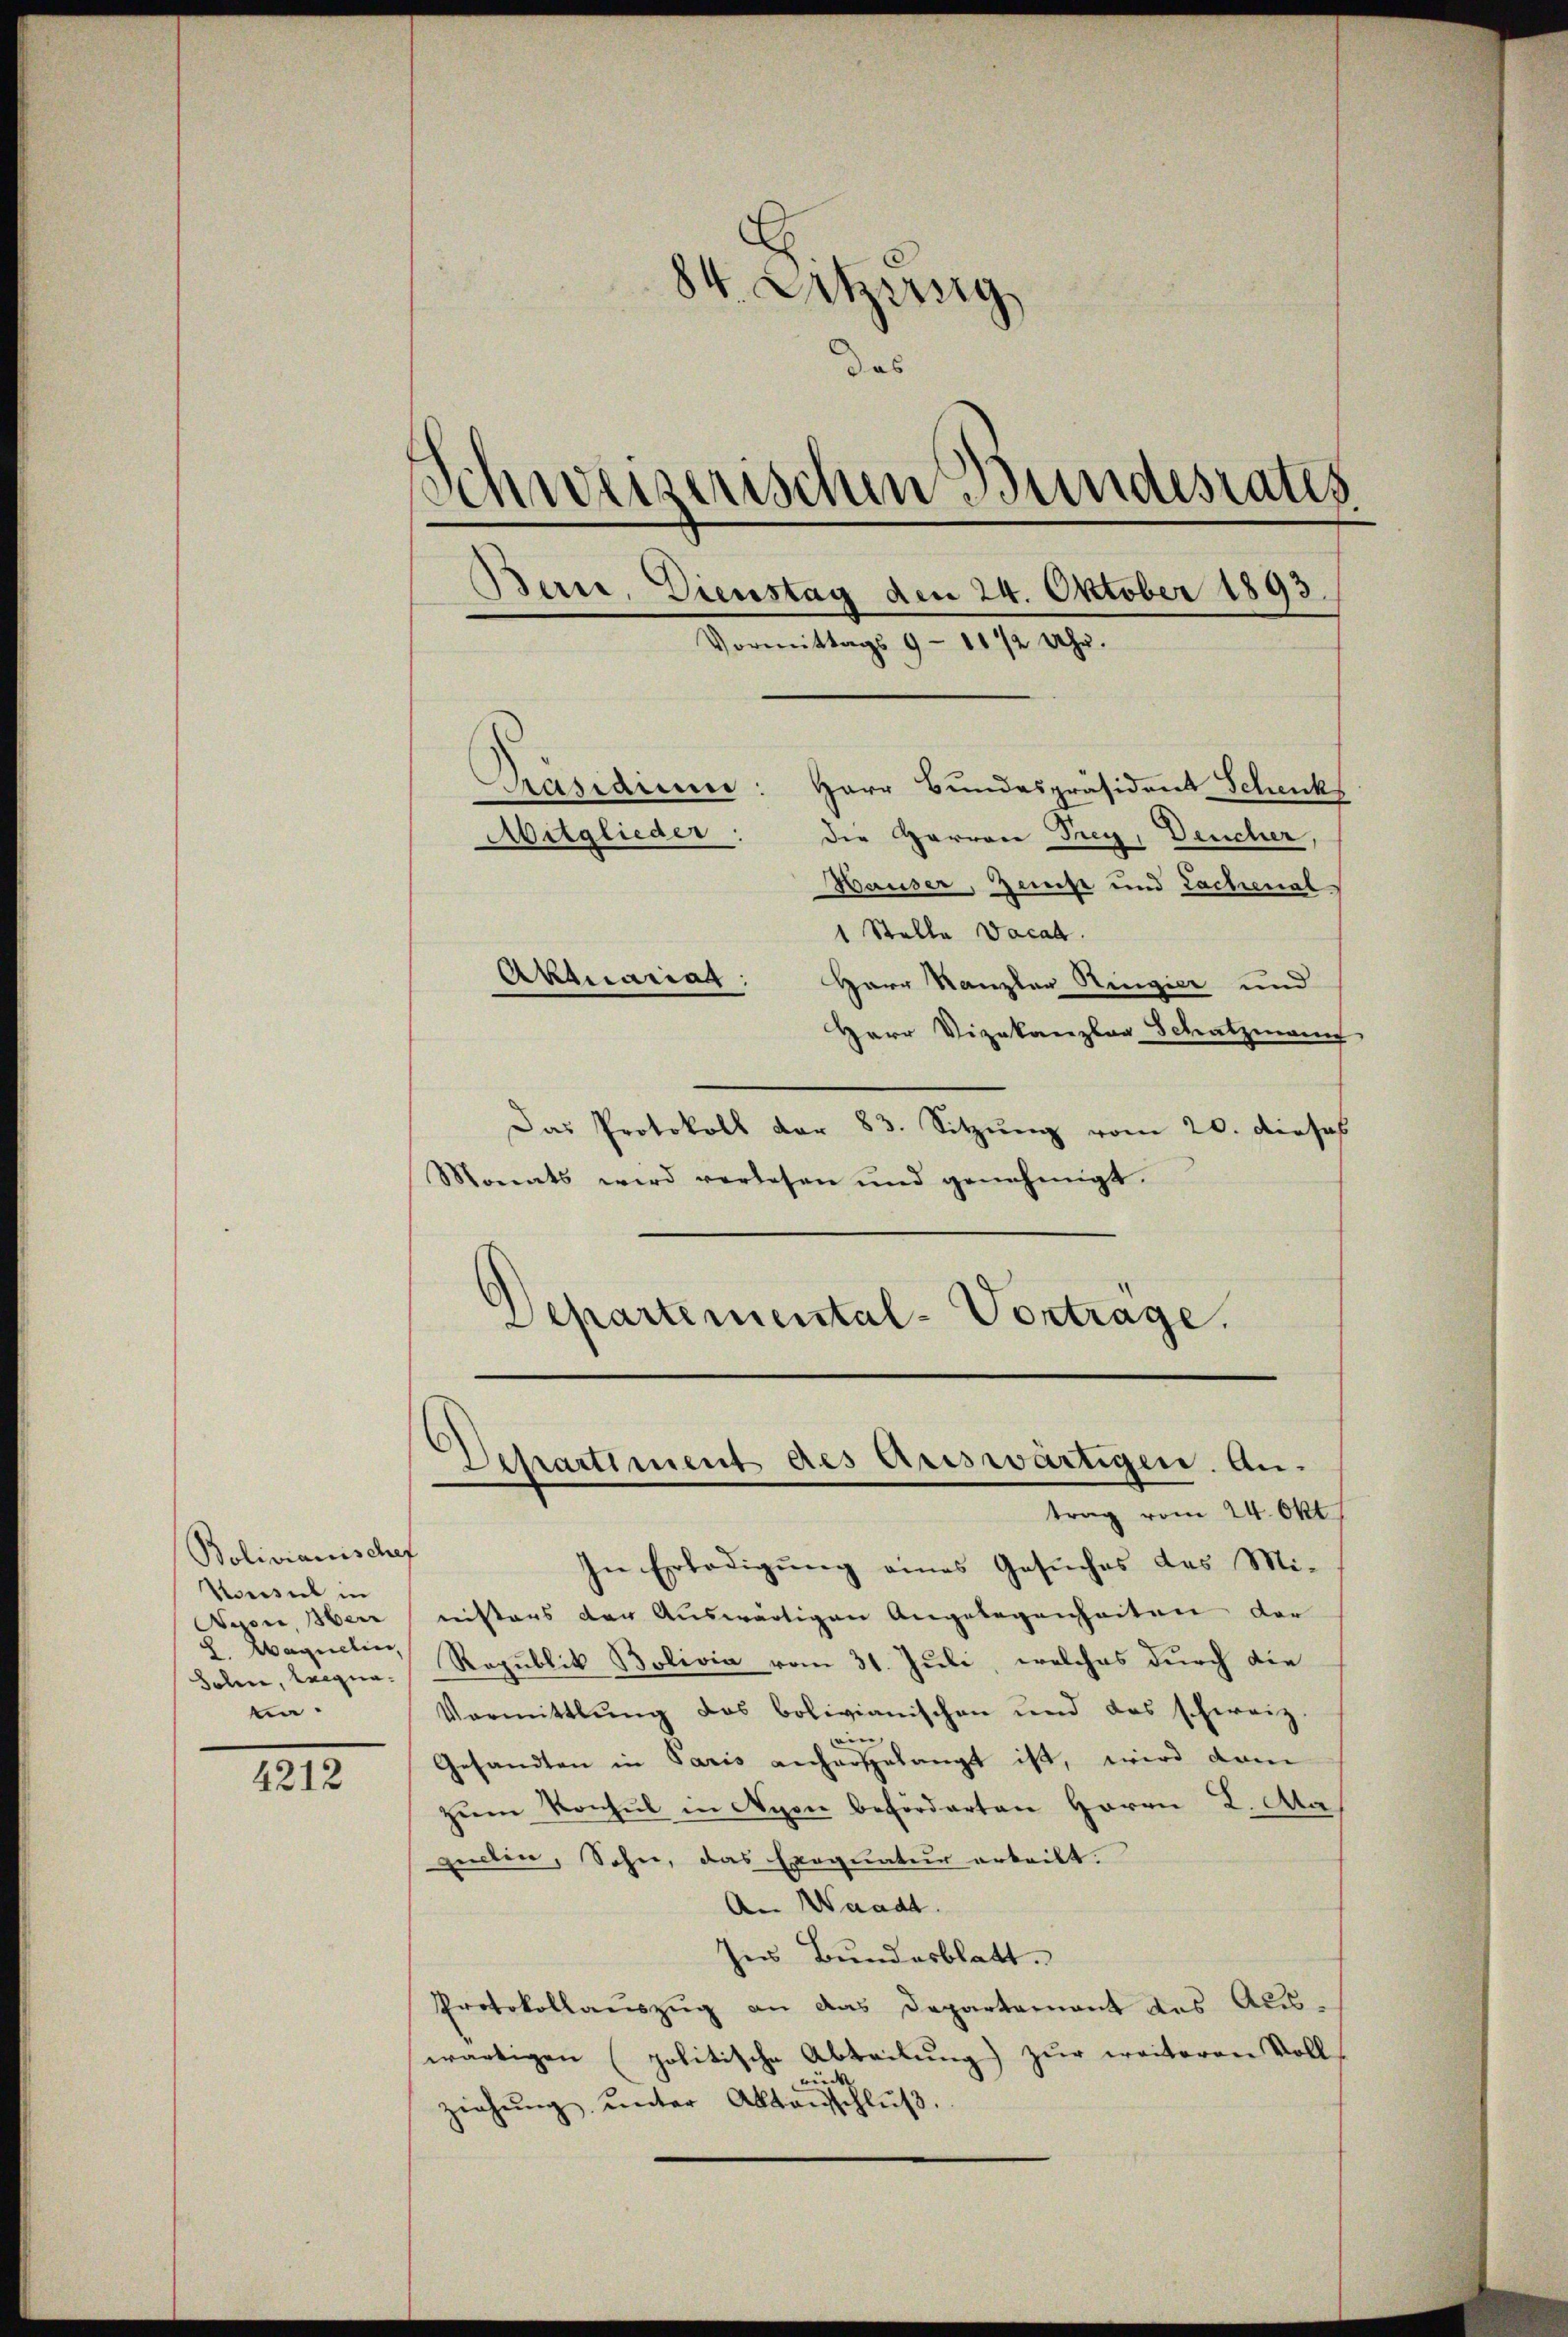
Bolivianischef
Konsul in
L. aquelin,
tin

4212

Das Protokoll der 83. Sitzŭng vom 20. dieses
Monats wird verlesen und genehmigt.
Departemental-Vortrage.

84. Letzessig
das
Schweiserischen Bundesrates
Bern, Dienstag den 24. Oktober 1893.
Vormittags 9-10 1/2 Uhr.
Päsidium
Herr Bundespräsident Schenk
Aitglieder: die Harren Frey, Deucher,
Hauser, Zerst und Lachenal
1 Stelle Vacat.
Aktuariat
Herr Kanzler Ringier und
Herr Vizekanzlar Schatzmann

Departiment des Auswärtigen. Antrag vom 24. Okt.

In Erledigung eines Gesuches des Mi¬
Nyon, Herrnisters der Auswärtigen Angelegenheiten der
Bolen, leigne. Republik Bolivia vom 31. Juli, welches durch die
Vermittlung des bolivianischen und das schweiz.
,
Gesandten in Paris anhargelangt ist, wird dam
zŭm Konsul in Nyon beförderten Herrn L. Aa
peecten, Sohn, das Exequatur arteilt.
An Waadt.
Ins Bundesblatt.
Protokollaŭszŭg an das Departamant des Aus-
wärtigen (politische Abteilung) zur weiteren Vollwüd
ziehŭng ŭnter Aktenschlŭβ.